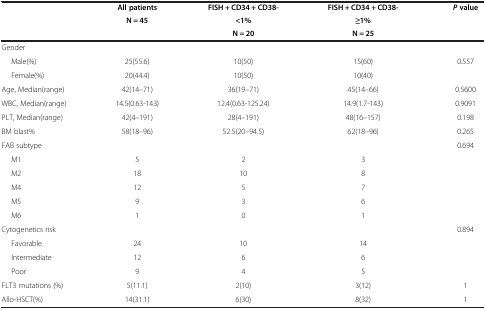
| <ROWSPAN=3>  | All patients | FISH + CD34 + CD38- | FISH + CD34 + CD38- | <ROWSPAN=3> P value |
 | <ROWSPAN=2> N = 45 | <1% | ≥1% |
 | N = 20 | N = 25 |
 | --- | --- | --- | --- | --- |
 | Gender |  |  |  |  |
 | Male(%) | 25(55.6) | 10(50) | 15(60) | 0.557 |
 | Female(%) | 20(44.4) | 10(50) | 10(40) |  |
 | Age, Median(range) | 42(14–71) | 36(19–71) | 45(14–66) | 0.5600 |
 | WBC, Median(range) | 14.5(0.63-143) | 12.4(0.63-125.24) | 14.9(1.7-143) | 0.9091 |
 | PLT, Median(range) | 42(4–191) | 28(4–191) | 48(16–157) | 0.198 |
 | BM blast% | 58(18–96) | 52.5(20–94.5) | 62(18–96) | 0.265 |
 | FAB subtype |  |  |  | 0.694 |
 | M1 | 5 | 2 | 3 |  |
 | M2 | 18 | 10 | 8 |  |
 | M4 | 12 | 5 | 7 |  |
 | M5 | 9 | 3 | 6 |  |
 | M6 | 1 | 0 | 1 |  |
 | Cytogenetics risk |  |  |  | 0.894 |
 | Favorable | 24 | 10 | 14 |  |
 | Intermediate | 12 | 6 | 6 |  |
 | Poor | 9 | 4 | 5 |  |
 | FLT3 mutations (%) | 5(11.1) | 2(10) | 3(12) | 1 |
 | Allo-HSCT(%) | 14(31.1) | 6(30) | 8(32) | 1 |